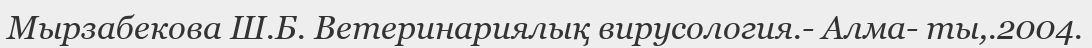
Мырзабекова Ш.Б. Ветеринариялық вирусология.- Алма- ты,.2004.